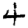
Digit: 4